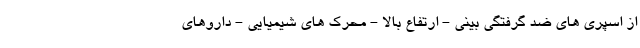
از اسپری های ضد گرفتگی بینی - ارتفاع بالا - محرک های شیمیایی - داروهای